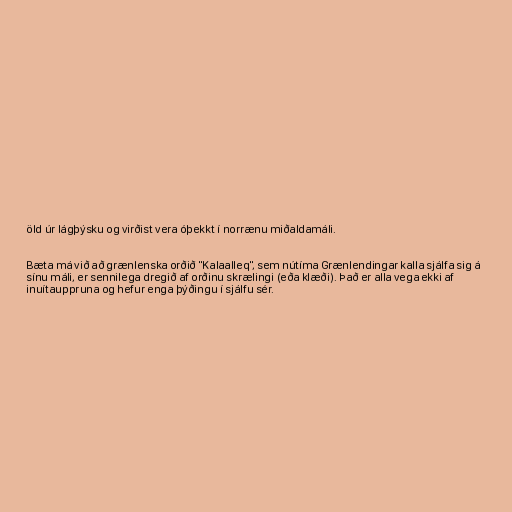
öld úr lágþýsku og virðist vera óþekkt í norrænu miðaldamáli.

Bæta má við að grænlenska orðið "Kalaalleq", sem nútíma Grænlendingar kalla sjálfa sig á
sínu máli, er sennilega dregið af orðinu skrælingi (eða klæði). Það er alla vega ekki af
inuítauppruna og hefur enga þýðingu í sjálfu sér.